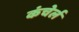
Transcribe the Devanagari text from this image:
कंचेर्ल